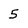
Character: 5